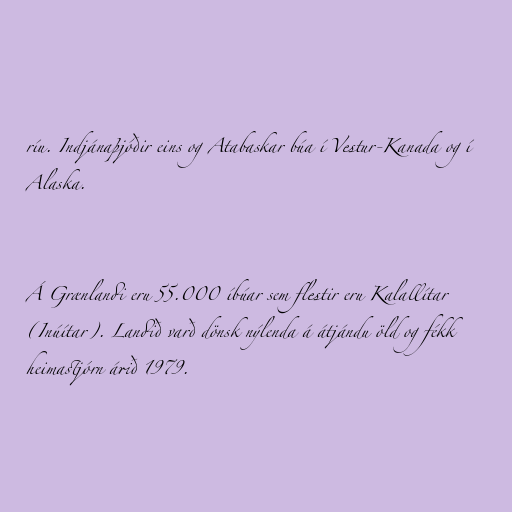
ríu. Indjánaþjóðir eins og Atabaskar búa í Vestur-Kanada og í
Alaska.

Á Grænlandi eru 55.000 íbúar sem flestir eru Kalallítar
(Inúítar). Landið varð dönsk nýlenda á átjándu öld og fékk
heimastjórn árið 1979.